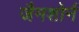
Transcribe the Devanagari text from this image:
जैमशोर्न